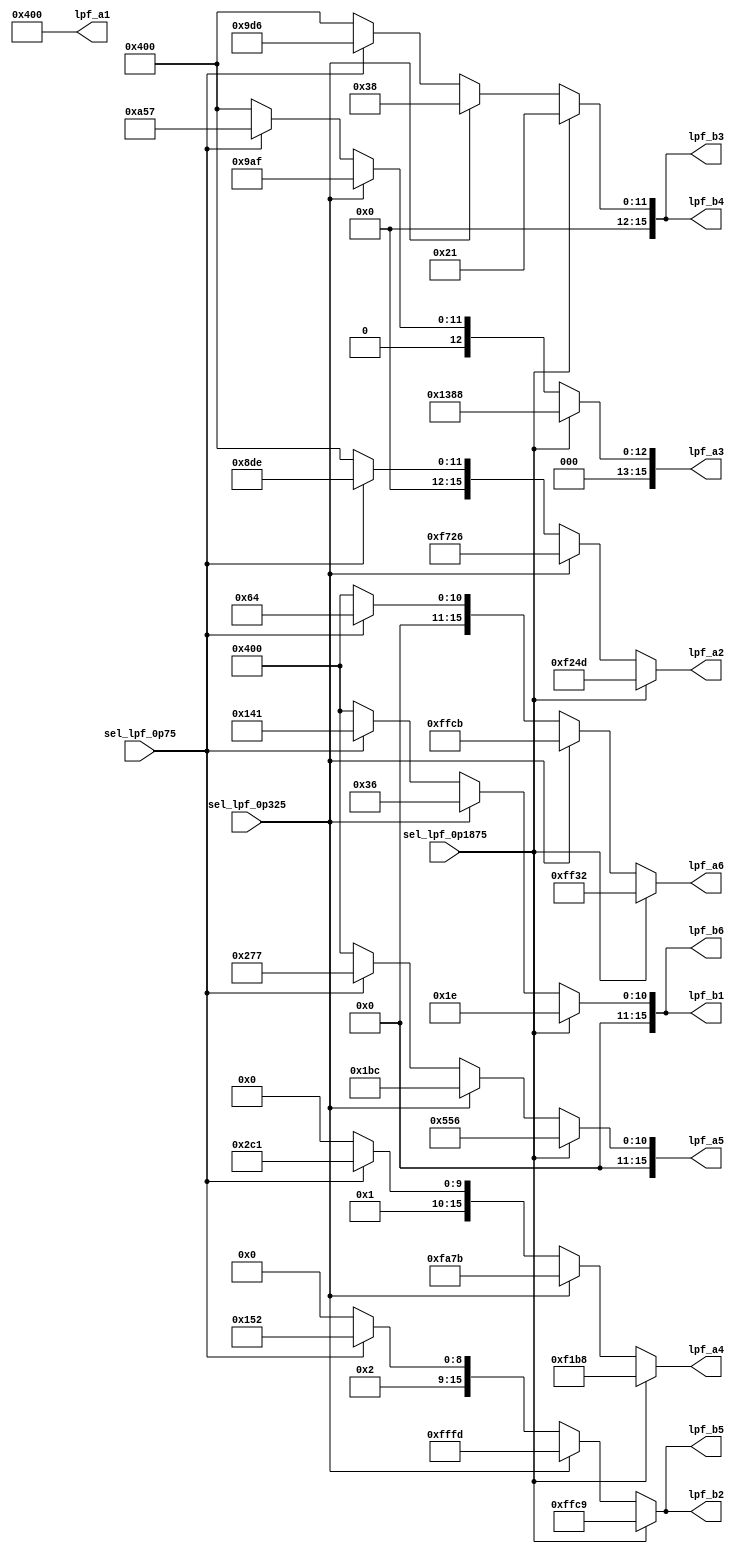
module fix_lpf_table(
	input sel_lpf_0p1875, sel_lpf_0p325, sel_lpf_0p75, 
	output [15:0] lpf_b1, lpf_b2, lpf_b3, lpf_b4, lpf_b5, lpf_b6, 
	output [15:0] lpf_a1, lpf_a2, lpf_a3, lpf_a4, lpf_a5, lpf_a6
);
assign lpf_b1 = sel_lpf_0p1875 ? 16'd30		: sel_lpf_0p325 ? 16'd54	: sel_lpf_0p75 ? 16'd321	: 16'd1024;
assign lpf_b2 = sel_lpf_0p1875 ? -16'd55	: sel_lpf_0p325 ? -16'd3	: sel_lpf_0p75 ? 16'd1362	: 16'd1024;
assign lpf_b3 = sel_lpf_0p1875 ? 16'd33		: sel_lpf_0p325 ? 16'd56	: sel_lpf_0p75 ? 16'd2518	: 16'd1024;
assign lpf_b4 = sel_lpf_0p1875 ? 16'd33		: sel_lpf_0p325 ? 16'd56	: sel_lpf_0p75 ? 16'd2518	: 16'd1024;
assign lpf_b5 = sel_lpf_0p1875 ? -16'd55	: sel_lpf_0p325 ? -16'd3	: sel_lpf_0p75 ? 16'd1362	: 16'd1024;
assign lpf_b6 = sel_lpf_0p1875 ? 16'd30		: sel_lpf_0p325 ? 16'd54	: sel_lpf_0p75 ? 16'd321	: 16'd1024;
assign lpf_a1 = sel_lpf_0p1875 ? 16'd1024	: sel_lpf_0p325 ? 16'd1024	: sel_lpf_0p75 ? 16'd1024	: 16'd1024;
assign lpf_a2 = sel_lpf_0p1875 ? -16'd3507	: sel_lpf_0p325 ? -16'd2266	: sel_lpf_0p75 ? 16'd2270	: 16'd1024;
assign lpf_a3 = sel_lpf_0p1875 ? 16'd5000	: sel_lpf_0p325 ? 16'd2479	: sel_lpf_0p75 ? 16'd2647	: 16'd1024;
assign lpf_a4 = sel_lpf_0p1875 ? -16'd3656	: sel_lpf_0p325 ? -16'd1413	: sel_lpf_0p75 ? 16'd1729	: 16'd1024;
assign lpf_a5 = sel_lpf_0p1875 ? 16'd1366	: sel_lpf_0p325 ? 16'd444	: sel_lpf_0p75 ? 16'd631	: 16'd1024;
assign lpf_a6 = sel_lpf_0p1875 ? -16'd206	: sel_lpf_0p325 ? -16'd53	: sel_lpf_0p75 ? 16'd100	: 16'd1024;
endmodule